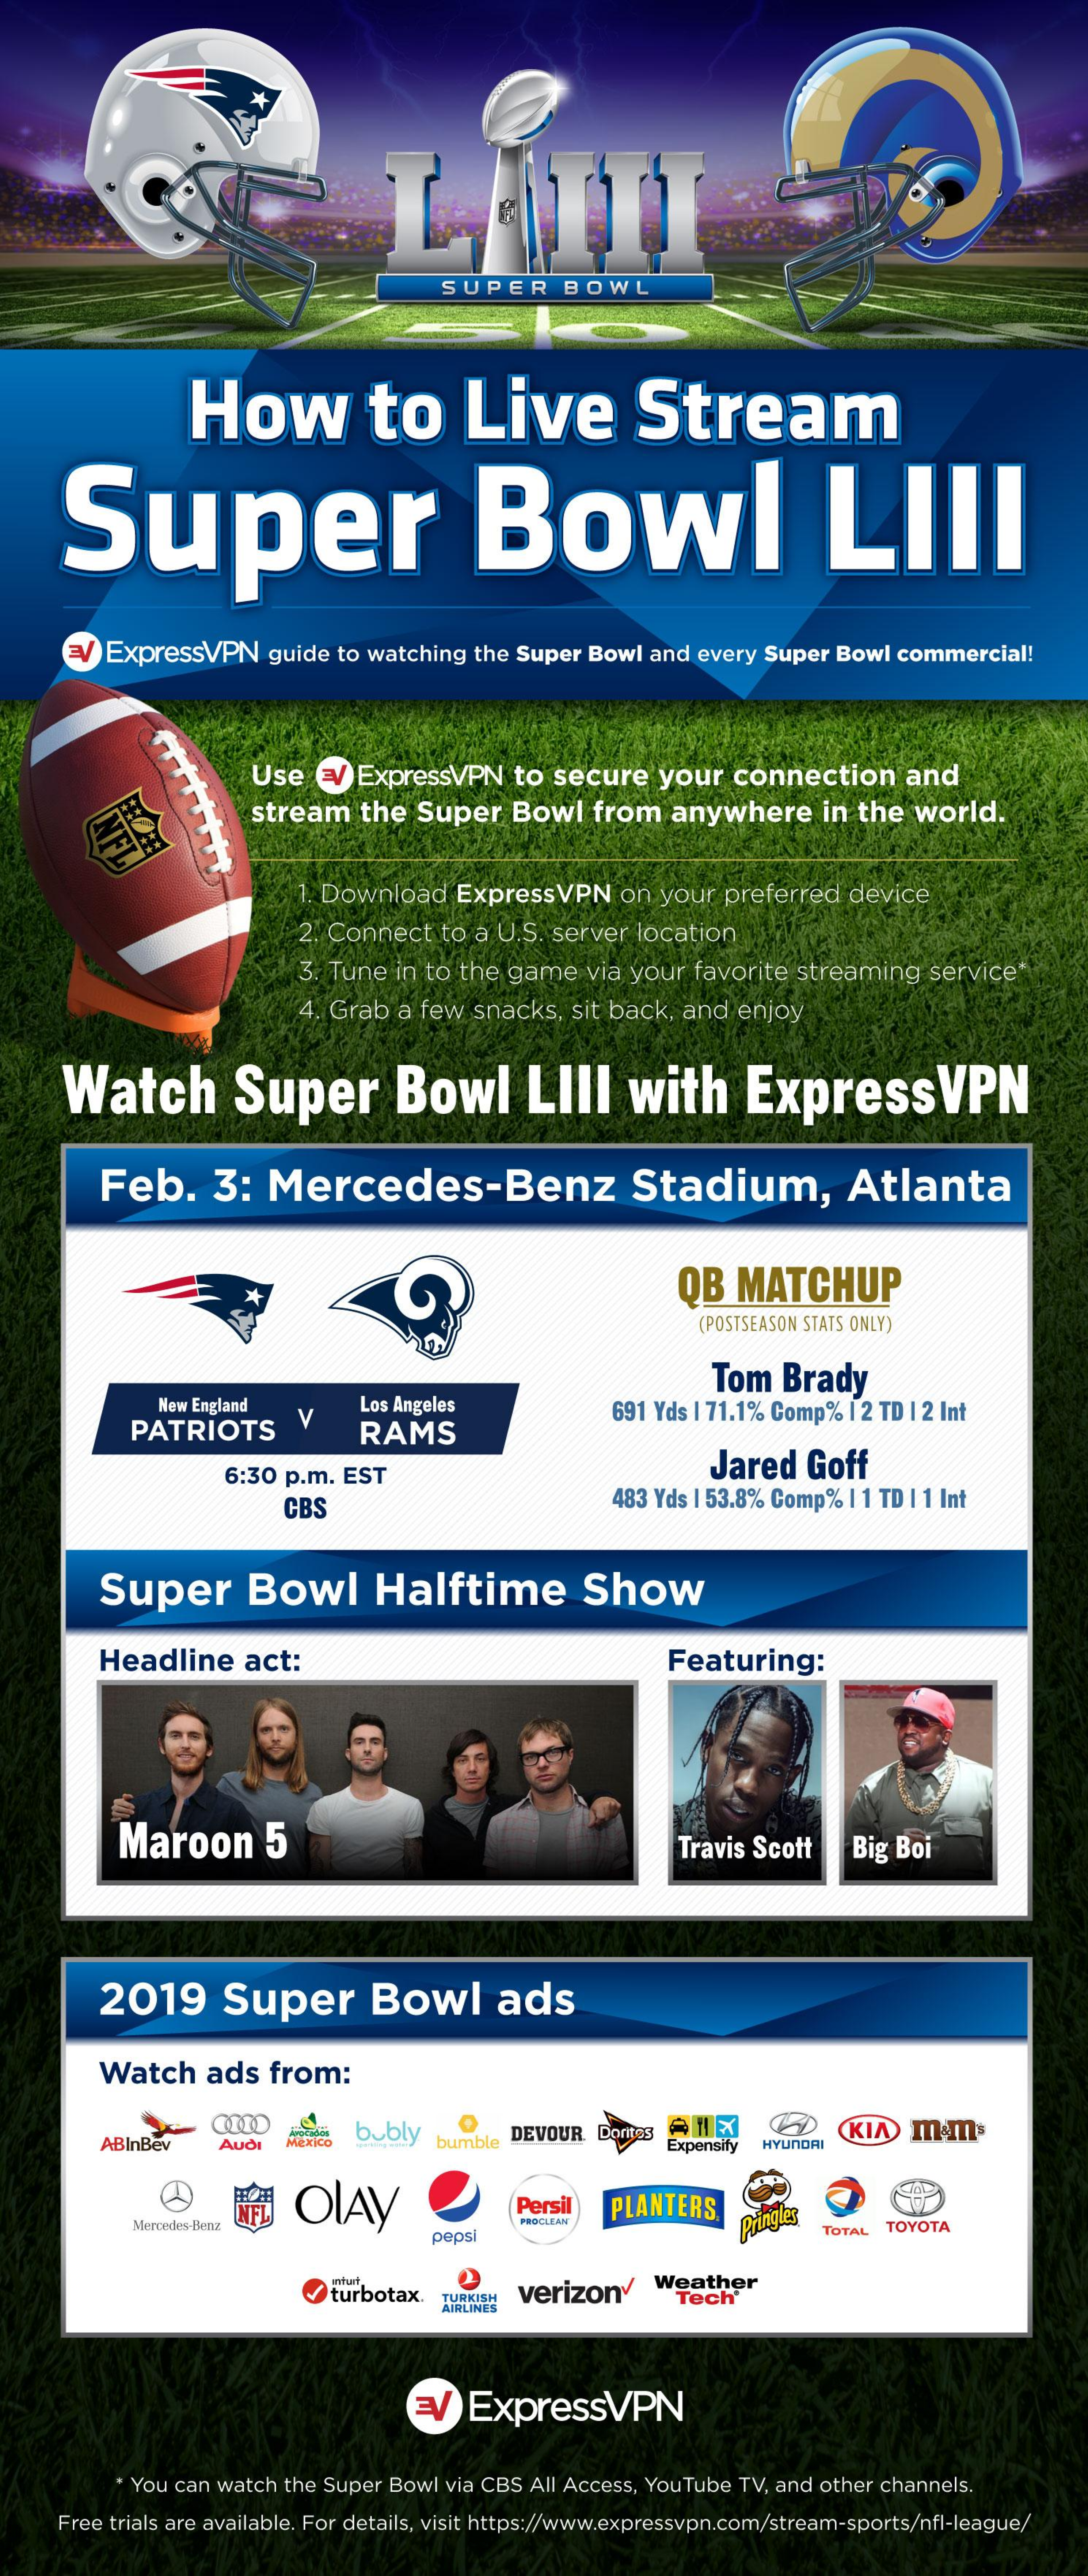
SUPER    BOWL
     How    to    Live    Stream
     Super    Bowl    LIII
     ExpressVPN    guide to watching   the Super Bowl  and  every Super Bowl  commercial!
     Use   E   ExpressVPN    to  secure    your   connection    and
     stream    the  Super    Bowl    from   anywhere    in  the  world.
     . Download    ExpressVPN    on  your  preferred   device
     2. Connect   to  a U.S. server  location
     3. Tune  in to the game    via your  favorite  streaming   service"
     4. Grab  a few   snacks,  sit back, and  enjoy
     Watch    Super    Bowl    LIII    with    ExpressVPN
     Feb.    3:   Mercedes-Benz    Stadium,    Atlanta
     QB   MATCHUP
     (POSTSEASON STATS ONLY)
     Tom   Brady
     New England
     PATRIOTS    V
     Los Angeles
     RAMS
     691 Yds | 71.1% Comp% | 2 TD | 2 Int
     6:30 p.m. EST    Jared   Goff
     CBS    483 Yds | 53.8% Comp% | 1 TD | 1 Int
     Super    Bowl    Halftime    Show
     Headline    act:    Featuring:
     Maroon    5    Travis Scott    Big Boi
     2019    Super    Bowl    ads
     Watch    ads   from:
     ABInBev
     bubly
     Mexico    bumble DEVOUR.    KIA  m.m.
     AUÒ
     Dorites
     CD
     Expensity HYUNDAI
     OLAY NF    Persil  PLANTERS
     Mercedes-Benz
     pepsi
     PROCLEAN
     TOTAL TOYOTA
     nhut
     turbotax.  TURKISH verizony    Weather
     AIRLINES
     Tech®
     ExpressVPN
     * You can watch the Super Bowl via CBS All Access, YouTube TV, and other channels.
     Free trials are available. For details, visit https://www.expressvpn.com/stream-sports/nfl-league/